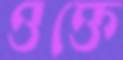
ওক্তে